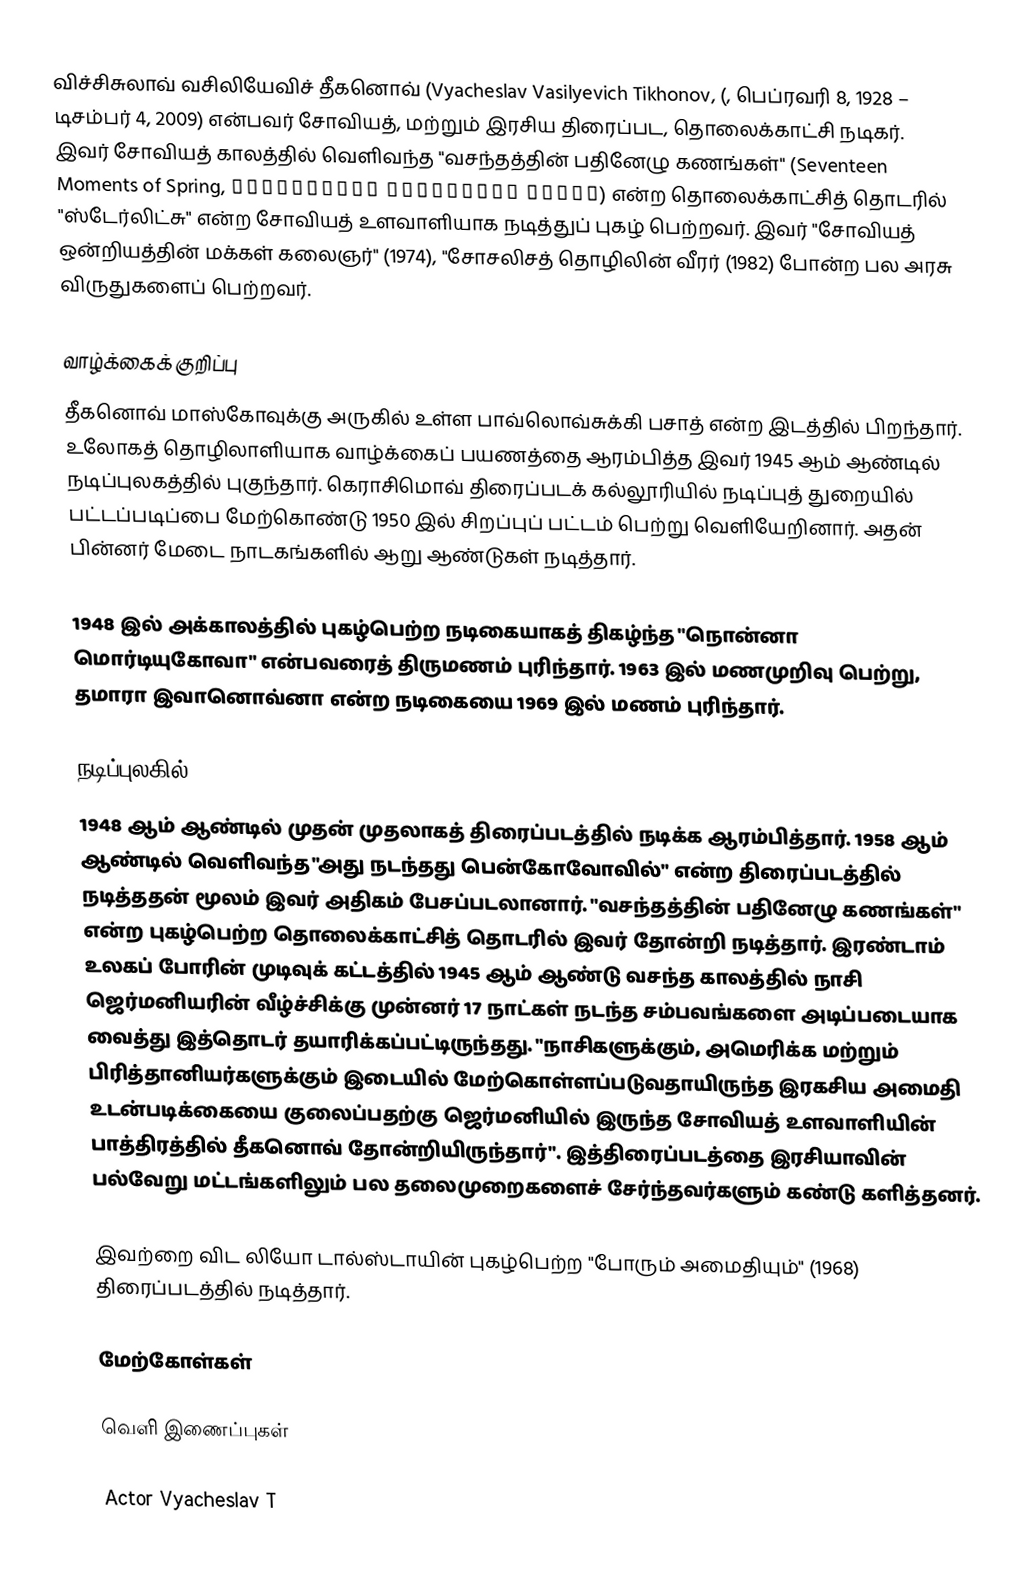
விச்சிசுலாவ் வசிலியேவிச் தீகனொவ் (Vyacheslav Vasilyevich Tikhonov, (, பெப்ரவரி 8, 1928 – டிசம்பர் 4, 2009) என்பவர் சோவியத், மற்றும் இரசிய திரைப்பட, தொலைக்காட்சி நடிகர். இவர் சோவியத் காலத்தில் வெளிவந்த "வசந்தத்தின் பதினேழு கணங்கள்" (Seventeen Moments of Spring, Семнадцать мгновений весны) என்ற தொலைக்காட்சித் தொடரில் "ஸ்டேர்லிட்சு" என்ற சோவியத் உளவாளியாக நடித்துப் புகழ் பெற்றவர். இவர் "சோவியத் ஒன்றியத்தின் மக்கள் கலைஞர்" (1974), "சோசலிசத் தொழிலின் வீரர் (1982) போன்ற பல அரசு விருதுகளைப் பெற்றவர்.

வாழ்க்கைக் குறிப்பு
தீகனொவ் மாஸ்கோவுக்கு அருகில் உள்ள பாவ்லொவ்சுக்கி பசாத் என்ற இடத்தில் பிறந்தார். உலோகத் தொழிலாளியாக வாழ்க்கைப் பயணத்தை ஆரம்பித்த இவர் 1945 ஆம் ஆண்டில் நடிப்புலகத்தில் புகுந்தார். கெராசிமொவ் திரைப்படக் கல்லூரியில் நடிப்புத் துறையில் பட்டப்படிப்பை மேற்கொண்டு 1950 இல் சிறப்புப் பட்டம் பெற்று வெளியேறினார். அதன் பின்னர் மேடை நாடகங்களில் ஆறு ஆண்டுகள் நடித்தார்.

1948 இல் அக்காலத்தில் புகழ்பெற்ற நடிகையாகத் திகழ்ந்த "நொன்னா மொர்டியுகோவா" என்பவரைத் திருமணம் புரிந்தார். 1963 இல் மணமுறிவு பெற்று, தமாரா இவானொவ்னா என்ற நடிகையை 1969 இல் மணம் புரிந்தார்.

நடிப்புலகில்
1948 ஆம் ஆண்டில் முதன் முதலாகத் திரைப்படத்தில் நடிக்க ஆரம்பித்தார். 1958 ஆம் ஆண்டில் வெளிவந்த "அது நடந்தது பென்கோவோவில்" என்ற திரைப்படத்தில் நடித்ததன் மூலம் இவர் அதிகம் பேசப்படலானார். "வசந்தத்தின் பதினேழு கணங்கள்" என்ற புகழ்பெற்ற தொலைக்காட்சித் தொடரில் இவர் தோன்றி நடித்தார். இரண்டாம் உலகப் போரின் முடிவுக் கட்டத்தில் 1945 ஆம் ஆண்டு வசந்த காலத்தில் நாசி ஜெர்மனியரின் வீழ்ச்சிக்கு முன்னர் 17 நாட்கள் நடந்த சம்பவங்களை அடிப்படையாக வைத்து இத்தொடர் தயாரிக்கப்பட்டிருந்தது. "நாசிகளுக்கும், அமெரிக்க மற்றும் பிரித்தானியர்களுக்கும் இடையில் மேற்கொள்ளப்படுவதாயிருந்த இரகசிய அமைதி உடன்படிக்கையை குலைப்பதற்கு ஜெர்மனியில் இருந்த சோவியத் உளவாளியின் பாத்திரத்தில் தீகனொவ் தோன்றியிருந்தார்". இத்திரைப்படத்தை இரசியாவின் பல்வேறு மட்டங்களிலும் பல தலைமுறைகளைச் சேர்ந்தவர்களும் கண்டு களித்தனர்.

இவற்றை விட லியோ டால்ஸ்டாயின் புகழ்பெற்ற "போரும் அமைதியும்" (1968) திரைப்படத்தில் நடித்தார்.

மேற்கோள்கள்

வெளி இணைப்புகள்

 Actor Vyacheslav T